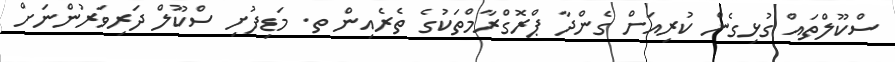
ސްކޫލްތައް ގުޅިގެން ކުރިއަށް ގެންދާ ޕްރޮގްރާމްތަކުގެ ތެރެއިން ތ. މަޑިފުށި ސްކޫލް ދަރިވަރުންނަށް